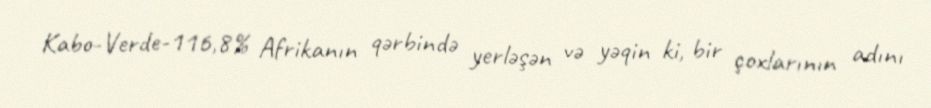
Kabo-Verde-116,8% Afrikanın qərbində yerləşən və yəqin ki, bir çoxlarının adını